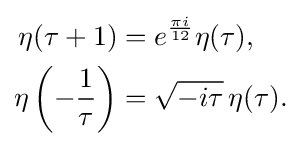
{\begin{aligned}\eta (\tau +1)&=e^{\frac {\pi i}{12}}\eta (\tau ),\\\eta \left(-{\frac {1}{\tau }}\right)&={\sqrt {-i\tau }}\,\eta (\tau ).\,\end{aligned}}